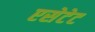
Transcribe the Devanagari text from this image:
एसेटेट